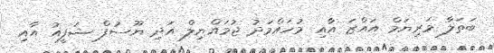
ބަތަލާ މަރިޔަމް އައްޒަ އާއި މުހައްމަދު ޖުމައްޔިލް އަދި ޔޫސުފް ޝަފީއު އާއި